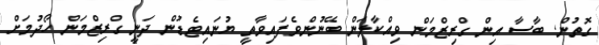
ގޮތުން